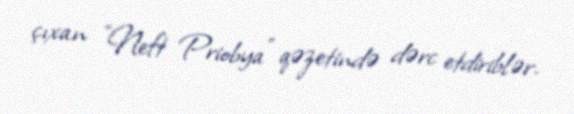
çıxan "Neft Priobya" qəzetində dərc etdiriblər.